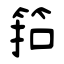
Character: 筘